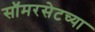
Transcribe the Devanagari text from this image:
सॉमरसेटच्या